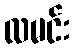
လမင်း